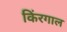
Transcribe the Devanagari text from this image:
किंरगाल